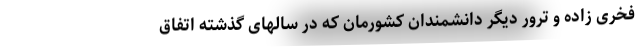
فخری زاده و ترور دیگر دانشمندان کشورمان که در سالهای گذشته اتفاق